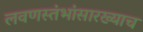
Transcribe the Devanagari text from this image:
लवणस्तंभांसारख्याच